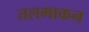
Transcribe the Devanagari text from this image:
तलमाकन